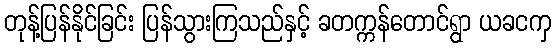
တုန့်ပြန်နိုင်ခြင်း ပြန်သွားကြသည်နှင့် ခတက္ကန်တောင်ရွာ ယခငကှ